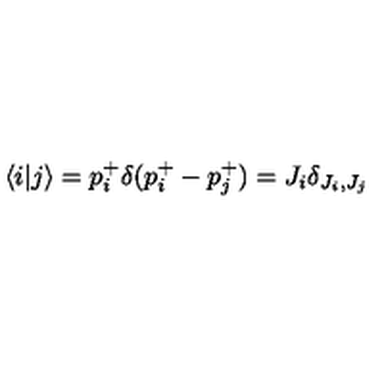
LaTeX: \langle i | j \rangle = p _ { i } ^ { + } \delta ( p _ { i } ^ { + } - p _ { j } ^ { + } ) = J _ { i } \delta _ { J _ { i } , J _ { j } }